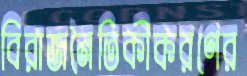
বিরাজনৈতিকীকরণের